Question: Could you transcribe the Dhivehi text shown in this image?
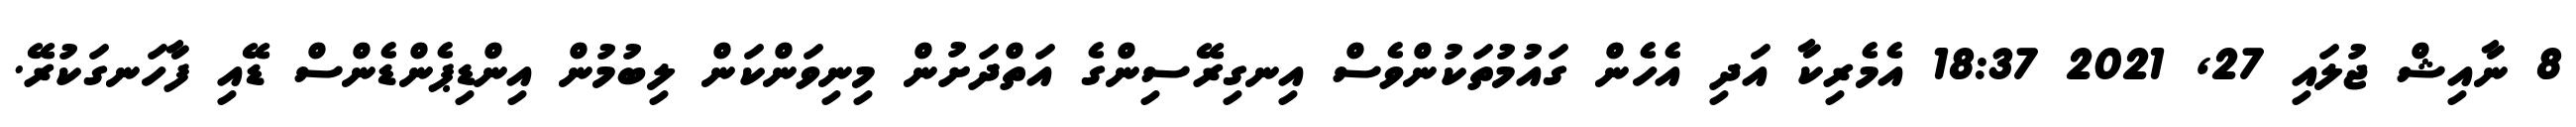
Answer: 8 ނާއިޝް ޖުލައި 27, 2021 18:37 އެމެރިކާ އަދި އެހެން ގައުމުތަކުންވެސް އިނގިރޭސިންގެ އަތްދަށުން މިނިވަންކަން ލިބުމުން އިންޑިޕެންޑެންސް ޑޭއި ފާހަނގަކުރޭ.